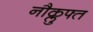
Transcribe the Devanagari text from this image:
नौक्लुफ्त